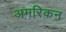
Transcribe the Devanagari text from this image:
अमरिकन